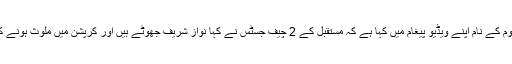
پانامہ فیصلے کے بعد عمران خان نے قوم کے نام اپنے ویڈیو پیغام میں کہا ہے کہ مستقبل کے 2 چیف جسٹس نے کہا نواز شریف جھوٹے ہیں اور کرپشن میں ملوث ہونے کے باعث ان سے تحقیقات کی جائیں گی۔